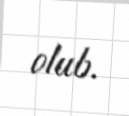
olub.